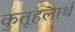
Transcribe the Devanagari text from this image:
कुतूहलार्थ